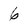
Character: 6